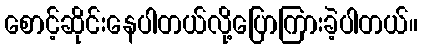
စောင့်ဆိုင်းနေပါတယ်လို့ပြောကြားခဲ့ပါတယ်။